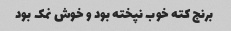
برنج کته خوب نپخته بود و خوش نمک بود